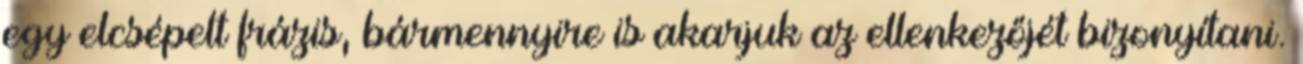
egy elcsépelt frázis, bármennyire is akarjuk az ellenkezőjét bizonyítani.